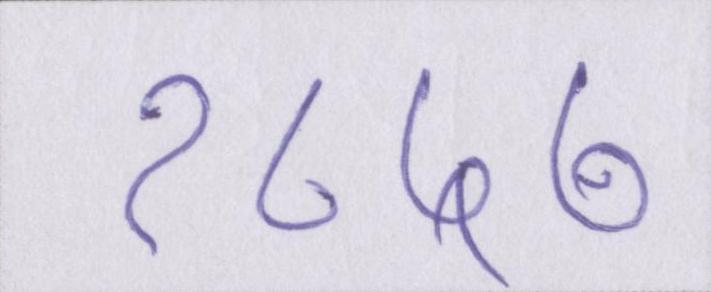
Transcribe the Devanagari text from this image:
१८५७